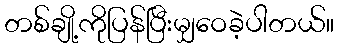
တစ်ချို့ကိုပြန်ပြီးမျှဝေခဲ့ပါတယ်။